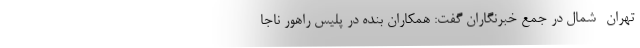
تهران- شمال در جمع خبرنگاران گفت: همکاران بنده در پلیس راهور ناجا